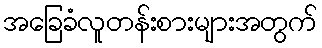
အခြေခံလူတန်းစားများအတွက်